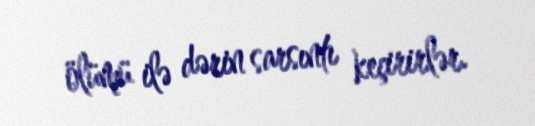
ölümü ilə dərin sarsıntı keçirirlər.